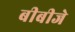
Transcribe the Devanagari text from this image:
बीबीजे